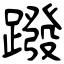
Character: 蹳